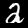
Label: 2